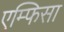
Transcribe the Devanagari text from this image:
एम्फिसा